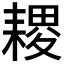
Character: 𦔎